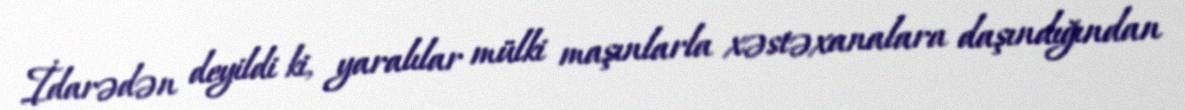
İdarədən deyildi ki, yaralılar mülki maşınlarla xəstəxanalara daşındığından